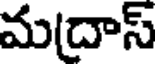
మ(దాస్